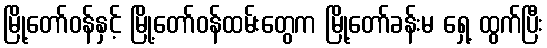
မြို့တော်ဝန်နှင့် မြို့တော်ဝန်ထမ်းတွေက မြို့တော်ခန်းမ ရှေ့ ထွက်ပြီး